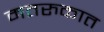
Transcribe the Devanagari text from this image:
मतरुकात